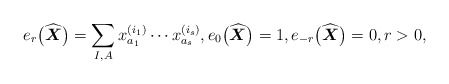
\begin{gather*}e_{r}\big(\widehat{\boldsymbol{X}}\big)=\sum_{I,A} x_{a_1}^{(i_1)} \cdots x_{a_s}^{(i_s)}, e_{0}\big(\widehat{\boldsymbol{X}}\big)=1,e_{-r}\big(\widehat{\boldsymbol{X}}\big)=0, r > 0,\end{gather*}